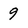
Character: 9